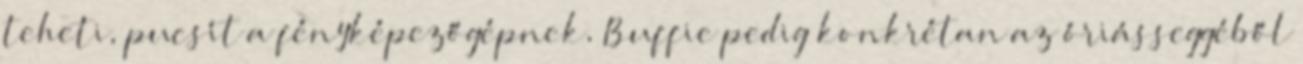
teheti, pucsít a fényképezőgépnek, Buffie pedig konkrétan az óriásseggéből